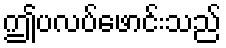
ဤပလပ်ဖောင်းသည်